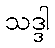
သဒ္ဒါ